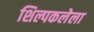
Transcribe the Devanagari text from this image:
शिल्पकलेला